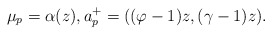
\begin{align*}\mu_p=\alpha (z),a_p^+=((\varphi-1)z, (\gamma-1)z).\end{align*}